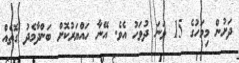
ދަށުން މިމަހުގެ 15 ވަނަ ދުވަހު އެވެ. އޭނާ ހައްޔަރުކޮށް ބަންދާމެދު ގޮތެއް